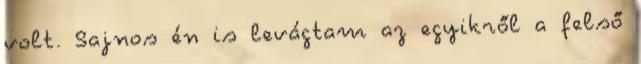
volt. Sajnos én is levágtam az egyikről a felső